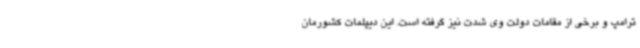
ترامپ و برخی از مقامات دولت‌ وی شدت نیز گرفته است. این دیپلمات کشورمان